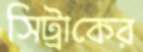
সিট্রাকের